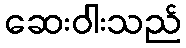
ဆေးဝါးသည်